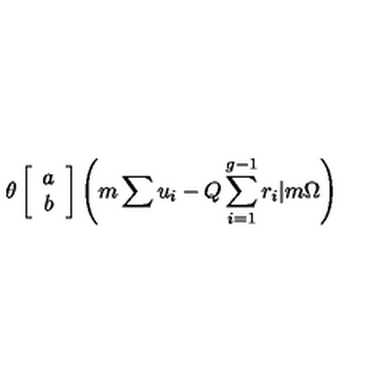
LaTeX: \theta \left[ \begin{array} { c } { a } \\ { b } \\ \end{array} \right] \left( m \sum u _ { i } - Q \sum _ { i = 1 } ^ { g - 1 } r _ { i } | m \Omega \right)